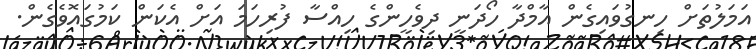
އަމަލުތަށް ހިނގުވައިގެން އާމްދާ ހޯދަނީ ދިވެހީންގެ ހިއްސާ ފުރިހަމަ އަށް އެކަން ކަމުގައޮވެގެން.